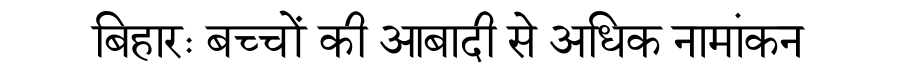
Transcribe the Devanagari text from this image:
बिहारः बच्चों की आबादी से अधिक नामांकन